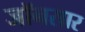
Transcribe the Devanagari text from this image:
जॉनसार